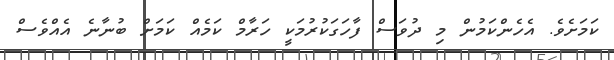
ކަމަށެވެ. އެހެންކަމުން މި ދުވަސް ފާހަގަކުރުމަކީ ހަރާމް ކަމެއް ކަމަށް ބުނާނެ އެއްވެސް